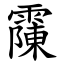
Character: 䨯